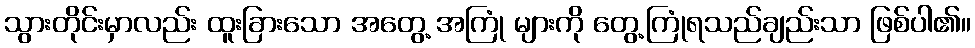
သွားတိုင်းမှာလည်း ထူးခြားသော အတွေ့ အကြုံ များကို တွေ့ကြုံရသည်ချည်းသာ ဖြစ်ပါ၏။